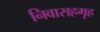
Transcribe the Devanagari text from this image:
निवासहगृह